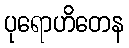
ပုရောဟိတေန